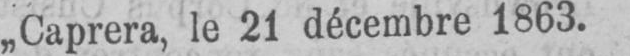
„Caprera, le 21 décembre 1863.